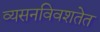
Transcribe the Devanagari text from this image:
व्यसनविवशतेत